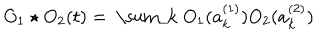
O _ { 1 } \star O _ { 2 } ( t ) = \mathrm { ~ \sum _ { k } ~ } O _ { 1 } ( a _ { k } ^ { ( 1 ) } ) O _ { 2 } ( a _ { k } ^ { ( 2 ) } )